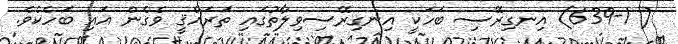
( 639-1) އިނގިރޭސި ބަހަކީ އިނގިރޭސިވިލާތުގައި ތަރައްޤީ ވެގެން އައި ބަހެކެވެ.